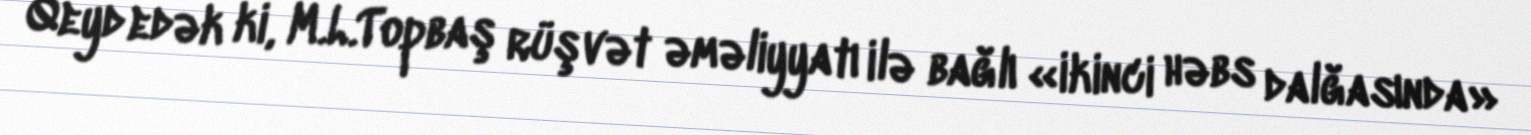
Qeyd edək ki, M.L.Topbaş rüşvət əməliyyatı ilə bağlı «ikinci həbs dalğasında»